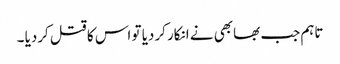
تاہم جب بھابھی نے انکار کردیا تو اس کا قتل کردیا ۔